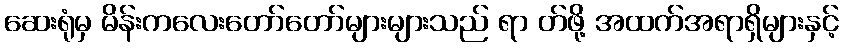
ဆေးရုံမှ မိန်းကလေးတော်တော်များများသည် ရာ တ်ဖို့ အထက်အရာရှိများနှင့်